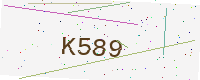
Text: K589